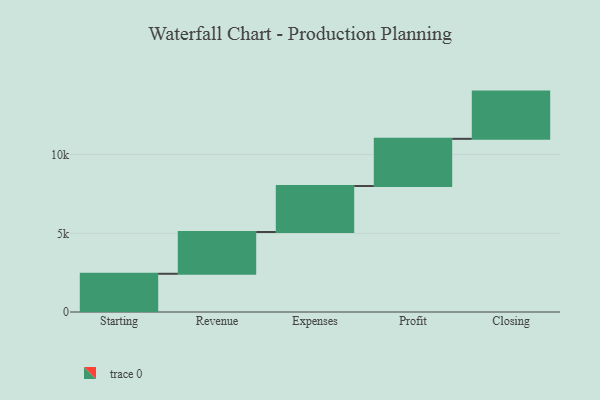
{"axis": {"x": "Step", "y": "Value"}, "legend": [""], "data": [{"x": "Starting", "y": 2429.0, "type": ""}, {"x": "Revenue", "y": 2653.0, "type": ""}, {"x": "Expenses", "y": 2922.0, "type": ""}, {"x": "Profit", "y": 3000, "type": ""}, {"x": "Closing", "y": 3000, "type": ""}]}